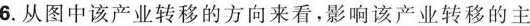
6.从图中该产业转移的方向来看，影响该产业转移的主